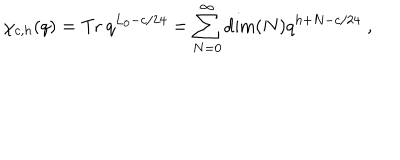
\chi _ { c , h } ( q ) = \textrm { T r } \: q ^ { L _ { 0 } - c / 2 4 } = \sum _ { N = 0 } ^ { \infty } \dim ( N ) q ^ { h + N - c / 2 4 } \; ,